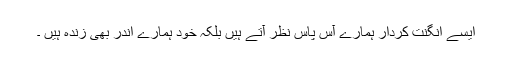
ایسے انگنت کردار ہمارے آس پاس نظر آتے ہیں بلکہ خود ہمارے اندر بھی زندہ ہیں ۔